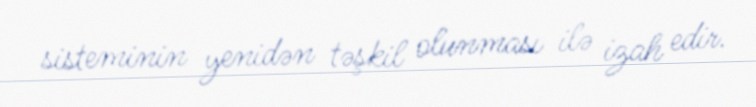
sisteminin yenidən təşkil olunması ilə izah edir.